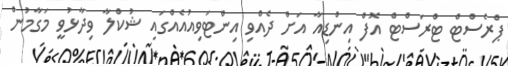
ޕްރެސްޓް ޓްރަސްޓް އޮފް އިންޑިއާ އަށް ދެއްވި އިންޓަވިއުއެއްގައި ޝުކްލާ ވިދާޅުވީ މަގާމުން